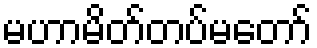
မဟာမိတ်တပ်မတော်